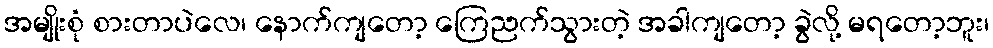
အမျိုးစုံ စားတာပဲလေ၊ နောက်ကျတော့ ကြေညက်သွားတဲ့ အခါကျတော့ ခွဲလို့ မရတော့ဘူး၊